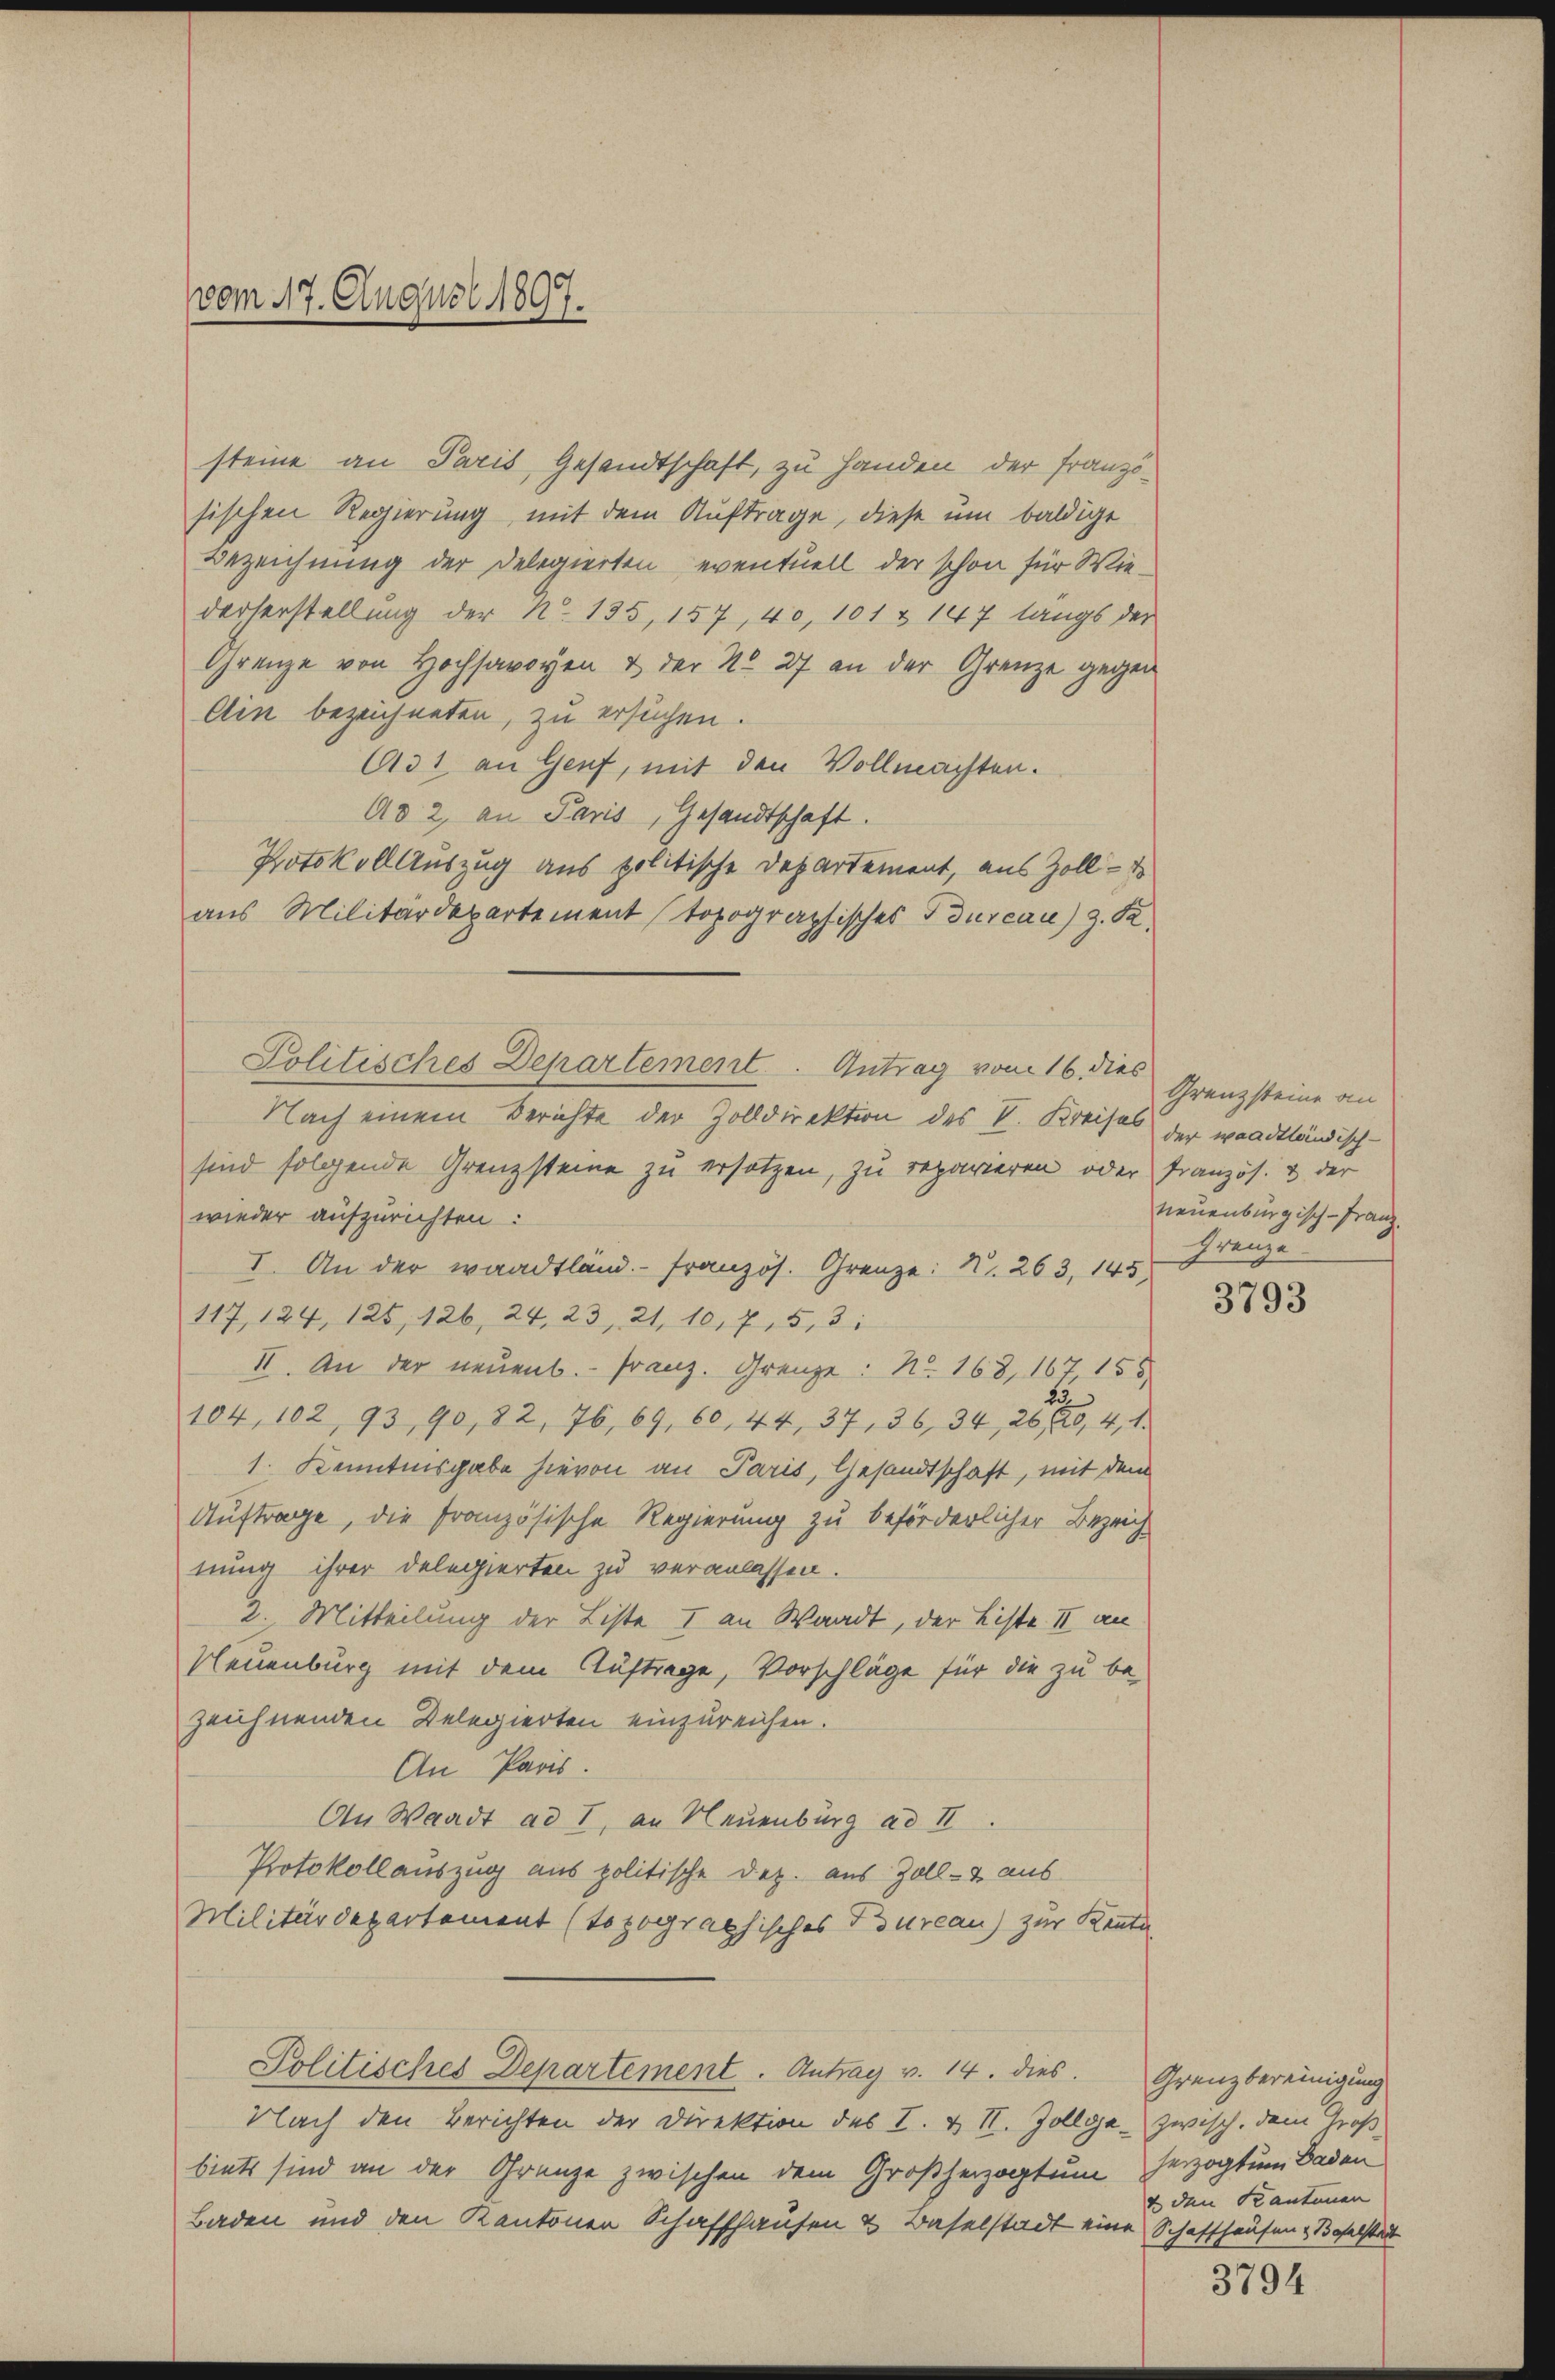
vom 17. August 1897.

steine an Paris Gesandtschaft, zu Handen der Französischen Regierung mit dem Auftrage, diese um baldige
Bezeichnung der Delegierten, eventuell der schon für Wiederserstellung der N. 135, 157, 40, 101 & 147 langs der
Grenze von Hochsavoyen & der No 27 an der Grenze gegen
Ain bezeichneten, zu ersuchen.
631 an Genf, mit den Vollmachten.
Ad 2, an Paris, Gesandtschaft.
Potokoll Auszug aus politische Departement, aus Zoll - es
aus Militärdepartement topographisches durcau) z. B.
Nach einem Berichte der Zolldirektion des V. Kreises der waadtländisch-
sind folgende Grenzsteine zu ersetzen, zu reparieren oder Französ. & der
wieder aufzurichten:
I. An der waadtländ. - Französ. Grenze: N. 263, 145)
117, 124, 125, 126, 24, 23, 21, 10, 7, 5,3:
II. An der neuenb.- Franz. Grenze: No. 168, 167, 155
104, 102, 93, 90, 82, 76, 69, 60, 44, 37, 36, 34, 263, 4, 1
1. Kenntnisgabe hievon an Paris, Gesandtschaft, mit dem
Auftrage, die französische Regierung zu beförderlicher Bezeichnung ihrer Delegierten zu veranlassen.
2. Mitteilung der Liste I an Waadt, der Liste II an
Neuenburg mit dem Auftrage, Vorschläge für die zu be-
zeichnenden Delegierten einzureichen.
An Paris.
An Waadt ad I, an Neuenburg ad II.
Protokollauszug aus politische Dez. aus Zoll- & aus
Militärdepartement (topographisches Bureau) zur Kentn
Politisches Departement. Antrag v. 14. dies. Grenzbereinigung
Nach den Berichten der Direktion des I. u. I. Zollga- zwisch, dem Großbiets sind an der Grenze zwischen dem Großherzogtum herzogtum Baden
Baden und den Kantonen Schaffhausen & Baselstadt eine Schaffhausen & Baselstadt

Politisches Departement. Antrag vom 16. dies

Grenzsteine an
neuenburgisch-Franz.
Greuze

3793

& den Kantonen

3794